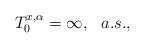
LaTeX: \begin{align*}T_0^{x,\alpha}=\infty,\ \ a.s., \end{align*}